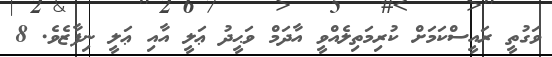
ވަގުތީ ރައީސްކަމަށް ކުރިމަތިލެއްވީ އާދަމް ވަޙީދު ޢަލީ އާއި ޢަލީ ނިފާޒެވެ. 8